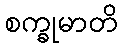
စက္ခုမာတိ